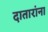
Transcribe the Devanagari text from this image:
दातारांना